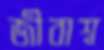
জীবাশ্ব